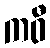
ကဝီ